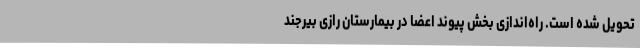
تحویل شده است. راه‌اندازی بخش پیوند اعضا در بیمارستان رازی بیرجند